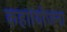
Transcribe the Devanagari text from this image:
कहा।योजना